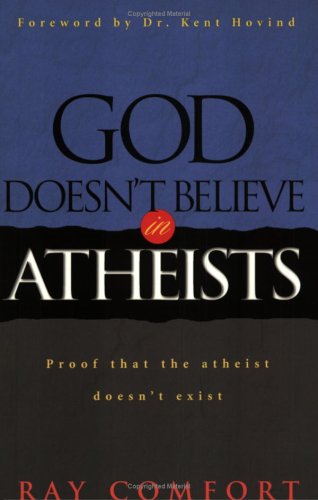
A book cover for God Doesn't Believe In Atheists: Proof That The Athiest Doesn't Exist; Ray Comfort; Religion & Spirituality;